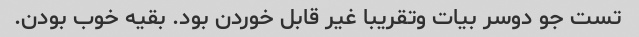
تست جو دوسر بیات وتقریبا غیر قابل خوردن بود. بقیه خوب بودن.